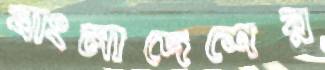
বাংলাদেশের